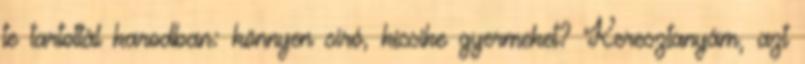
te tartottál karodban: könnyen síró, kicsike gyermeket? Keresztanyám, azt